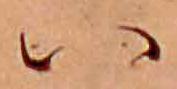
ハ